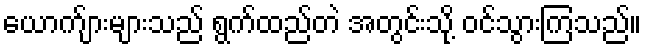
ယောက်ျားများသည် ရွက်ထည်တဲ အတွင်းသို့ ဝင်သွားကြသည်။